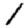
Digit: 1